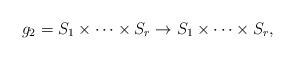
LaTeX: \begin{align*} g_2= S_{1}\times \dots \times S_{r} \to S_{1}\times \dots \times S_{r},\end{align*}